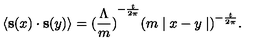
\langle { \bf s } ( x ) \cdot { \bf s } ( y ) \rangle = { ( \frac { \Lambda } { m } ) } ^ { - \frac { t } { 2 \pi } } { ( m \mid x - y \mid ) } ^ { - \frac { t } { 2 \pi } } .